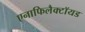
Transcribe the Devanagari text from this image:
एनाफिलैक्टॉयड